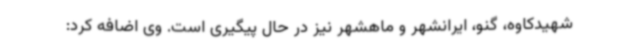
شهیدکاوه، گنو، ایرانشهر و ماهشهر نیز در حال پیگیری است. وی اضافه کرد: